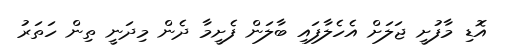
އޮޑި މާފުށީ ޖަލަށް އެހެލާފައި ބާލަން ފެށީމާ ދެން މިދަނީ ތިން ހަތަރު